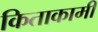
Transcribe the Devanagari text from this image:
किताकामी